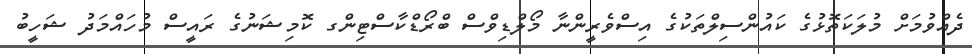
ދެއްވުމަށް މުލަކަތޮޅުގެ ކައުންސިލްތަކުގެ އިސްވެރީންނާ މޯލްޑިވްސް ބްރޯޑްކާސްޓިންގ ކޮމިޝަނުގެ ރައީސް މުހައްމަދު ޝަހީބު